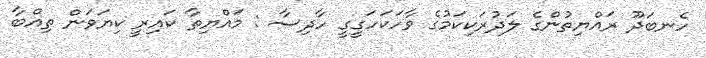
ހެނބަދޫ ރައްޔިތުންގެ ލަދުރަކިކަމުގެ ވާހަކަހަގީގީ ހާދިސާ : މައްޔިތާ ކައިރީ ކިޔަވަން ތިއްބާ